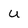
Character: U